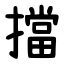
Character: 擋